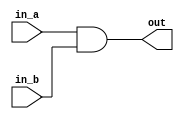
module ravi_an(out,in_a,in_b);
  output out;
  input in_a,in_b;
  assign out = in_a && in_b ;
  
endmodule